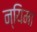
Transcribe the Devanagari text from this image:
न्यिमा